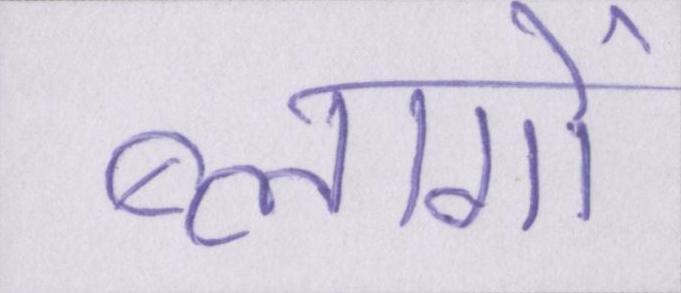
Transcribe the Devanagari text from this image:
ब्लागों